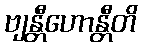
ဗျန္တီဟောန္တီတိ